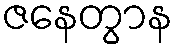
ဇနေတွာန